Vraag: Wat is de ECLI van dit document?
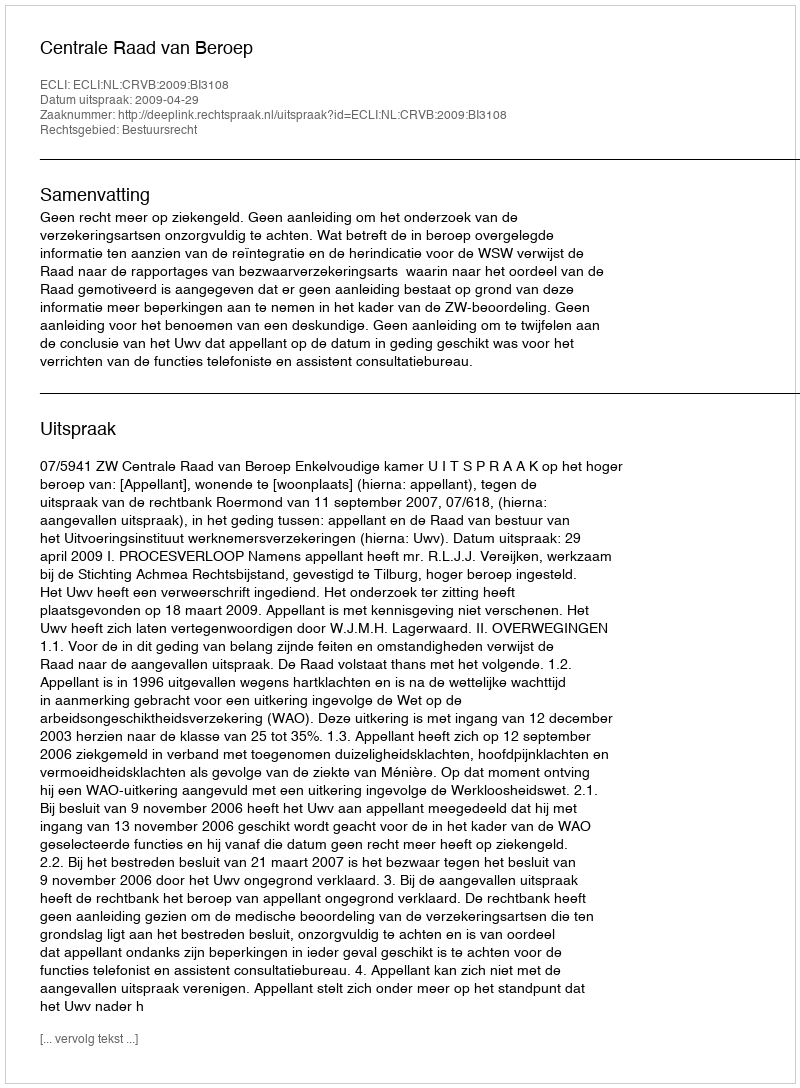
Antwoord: ECLI:NL:CRVB:2009:BI3108